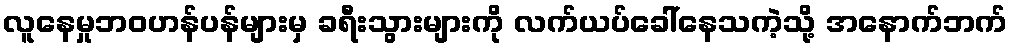
လူနေမှုဘဝဟန်ပန်များမှ ခရီးသွားများကို လက်ယပ်ခေါ်နေသကဲ့သို့ အနောက်ဘက်